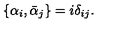
\{ \alpha _ { i } , \bar { \alpha } _ { j } \} = i \delta _ { i j } .